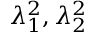
\lambda _ { 1 } ^ { 2 } , \lambda _ { 2 } ^ { 2 }